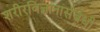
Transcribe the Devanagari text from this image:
शरीरविज्ञानासंबंधी